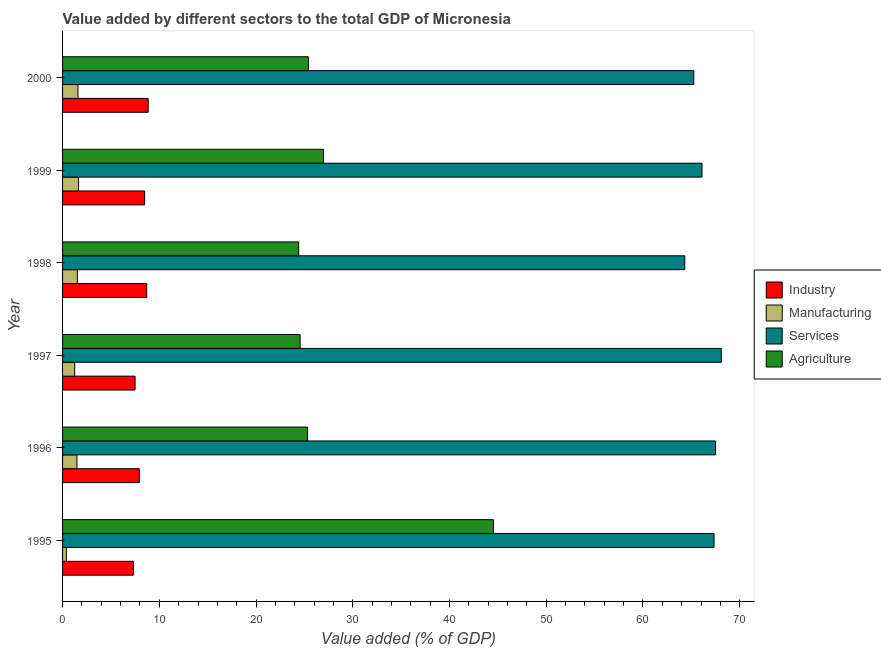
| Year | Industry | Manufacturing | Services | Agriculture |
 | --- | --- | --- | --- | --- |
 | 1995 | 7.33 | 0.397 | 67.3 | 44.5 |
 | 1996 | 7.94 | 1.49 | 67.5 | 25.3 |
 | 1997 | 7.5 | 1.25 | 68.1 | 24.6 |
 | 1998 | 8.7 | 1.53 | 64.3 | 24.4 |
 | 1999 | 8.48 | 1.65 | 66.1 | 27 |
 | 2000 | 8.85 | 1.59 | 65.3 | 25.4 |